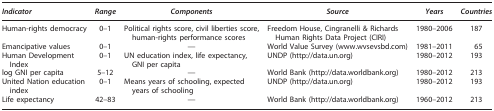
| Indicator | Range | Components | Source | Years | Countries |
 | --- | --- | --- | --- | --- | --- |
 | Human-rights democracy | 0–1 | Political rights score, civil liberties score, human-rights performance scores | Freedom House, Cingranelli & Richards Human Rights Data Project (CIRI) | 1980–2006 | 187 |
 | Emancipative values | 0–1 | — | World Value Survey (www.wvsevsbd.com) | 1981–2011 | 65 |
 | Human Development Index | 0–1 | UN education index, life expectancy, GNI per capita | UNDP (http://data.un.org) | 1980–2012 | 193 |
 | log GNI per capita | 5–12 | — | World Bank (http://data.worldbank.org) | 1980–2012 | 213 |
 | United Nation education index | 0–1 | Means years of schooling, expected years of schooling | UNDP (http://data.un.org) | 1980–2012 | 193 |
 | Life expectancy | 42–83 | — | World Bank (http://data.worldbank.org) | 1960–2012 | 213 |